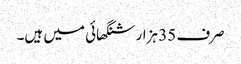
صرف 35 ہزار شنگھائی میں ہیں۔